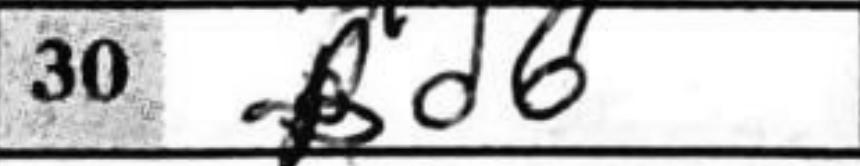
Transcription: Bd6